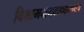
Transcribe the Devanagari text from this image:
विश्रामबागवाड्यामध्येच